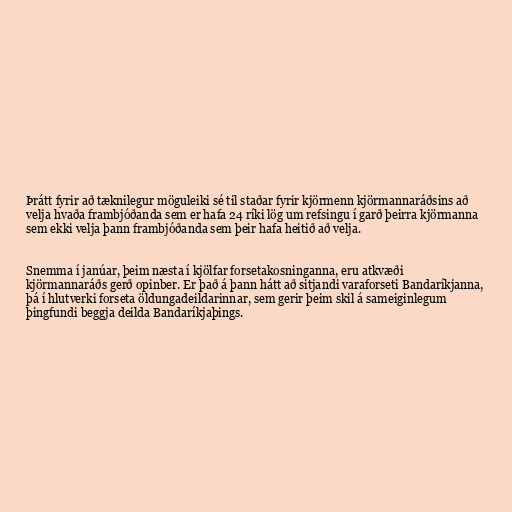
Þrátt fyrir að tæknilegur möguleiki sé til staðar fyrir kjörmenn kjörmannaráðsins að
velja hvaða frambjóðanda sem er hafa 24 ríki lög um refsingu í garð þeirra kjörmanna
sem ekki velja þann frambjóðanda sem þeir hafa heitið að velja.

Snemma í janúar, þeim næsta í kjölfar forsetakosninganna, eru atkvæði
kjörmannaráðs gerð opinber. Er það á þann hátt að sitjandi varaforseti Bandaríkjanna,
þá í hlutverki forseta öldungadeildarinnar, sem gerir þeim skil á sameiginlegum
þingfundi beggja deilda Bandaríkjaþings.